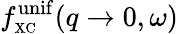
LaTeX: f_{\scriptscriptstyle\mathrm{XC}}^{\mathrm{unif}}(q\to 0,\omega)